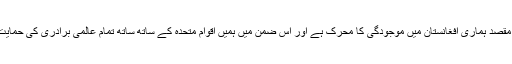
اب بھی يہی مقصد ہماری افغانستان ميں موجودگی کا محرک ہے اور اس ضمن ميں ہميں اقوام متحدہ کے ساتھ ساتھ تمام عالمی برادری کی حمايت حاصل ہے۔